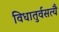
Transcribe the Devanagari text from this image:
विधातुर्वसत्यै